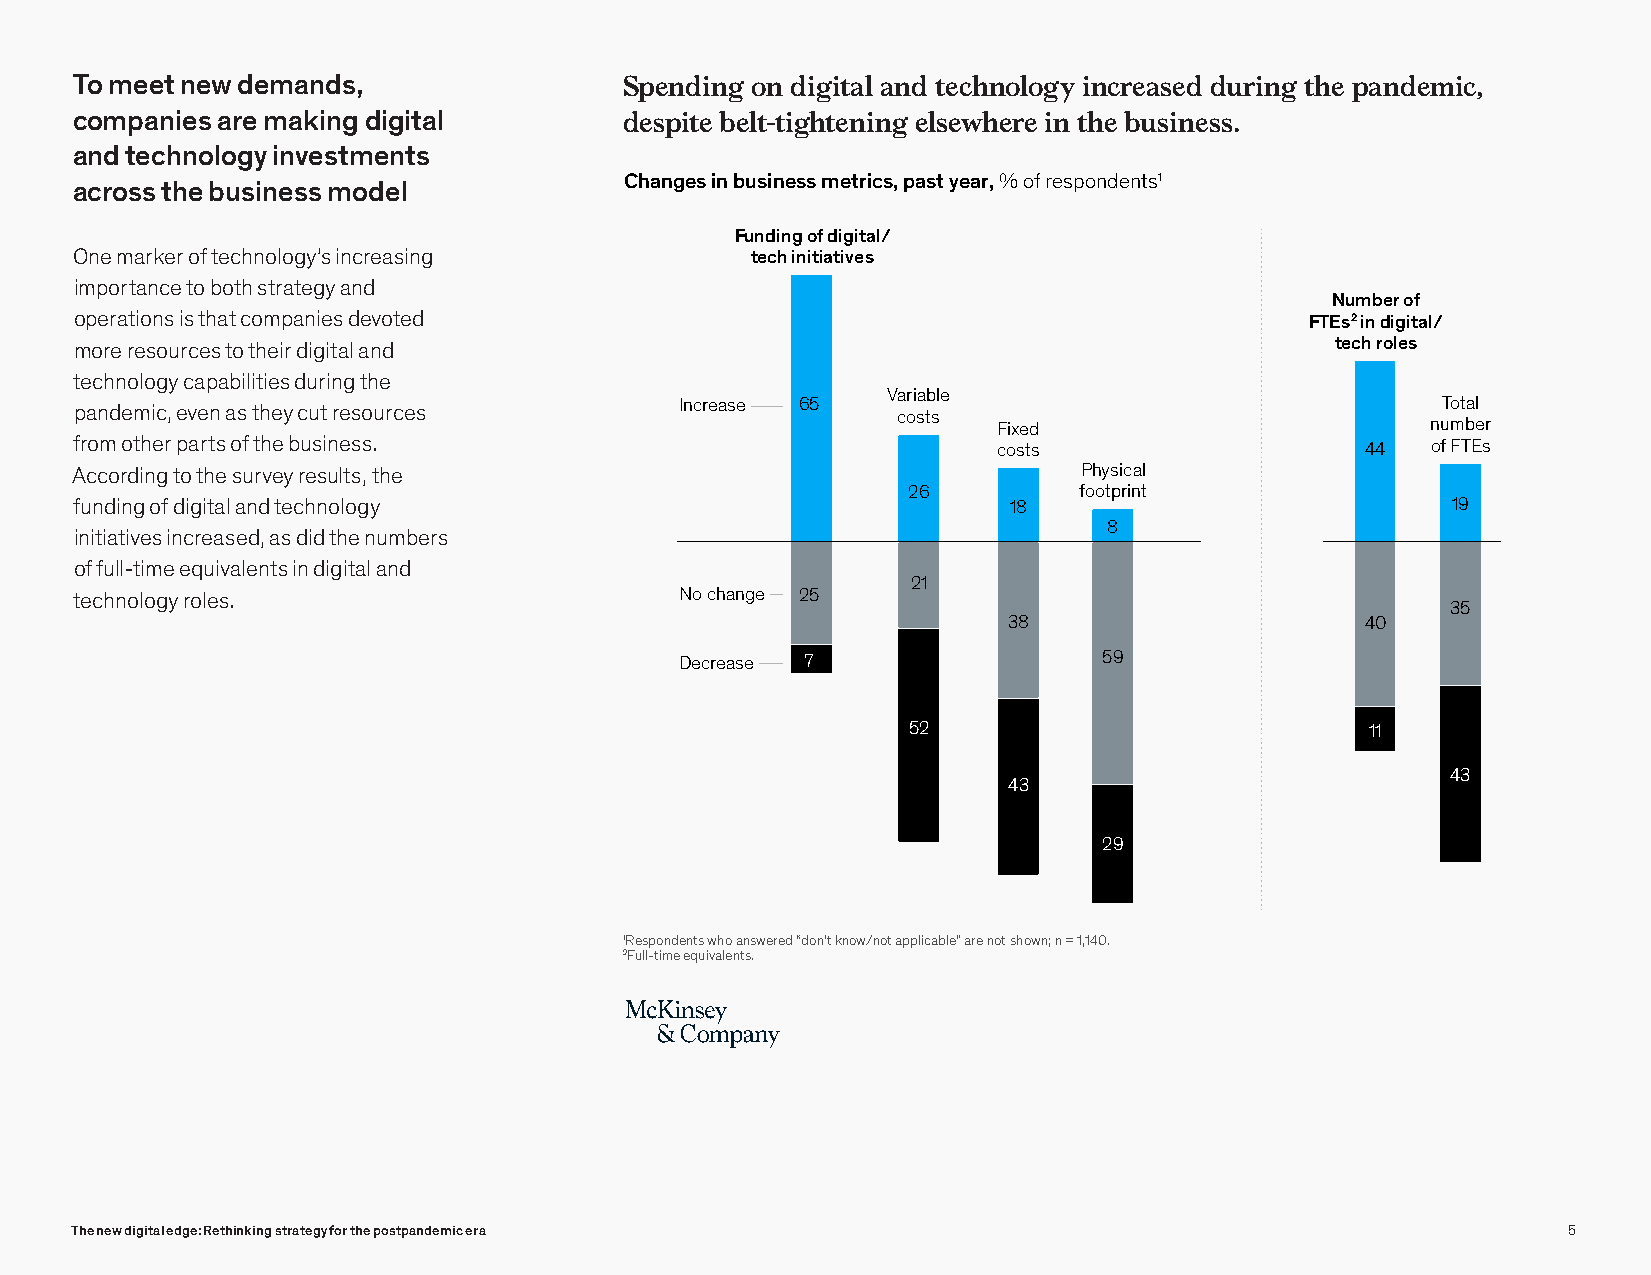
Web 2021
 Survey-DigitalStrategy
 Exhibit 4 of 13
 To meet new demands,                SSppeennddiinngg o onn d digigitiatla al nadn tde ctehcnhonloogloy ginyc irnecarseeads deudr dinugr tihneg ptahned peamnidce, mdeiscp, ite
 companies are making digital        dbeesltp-ittige h bteelnt-intigg heltseenwinhge reel sine wthhee breu sinin ethsse. business.
 and technology investments
 Changes in business metrics, past year, % of respondents1
 across the business model
 Funding of digital/
 One marker of technology’s increasing        tech initiatives
 importance to both strategy and
 Number of
 operations is that companies devoted                                              FTEs2 in digital/
 more resources to their digital and                                                tech roles
 technology capabilities during the
 Variable
 Increase 65                                       Total
 pandemic, even as they cut resources                  costs
 Fixed                        number
 from other parts of the business.                            costs                   44   of FTEs
 According to the survey results, the                               Physical
 26         footprint
 funding of digital and technology                             18                           19
 8
 initiatives increased, as did the numbers
 of full-time equivalents in digital and
 21
 technology roles.                       No change 25
 35
 38                     40
 Decrease 7                  59
 52                             11
 43
 43
 29
 1Respondents who answered “don’t know/not applicable” are not shown; n = 1,140.
 2Full-time equivalents.
 The new digital edge: Rethinking strategy for the postpandemic era                                 5